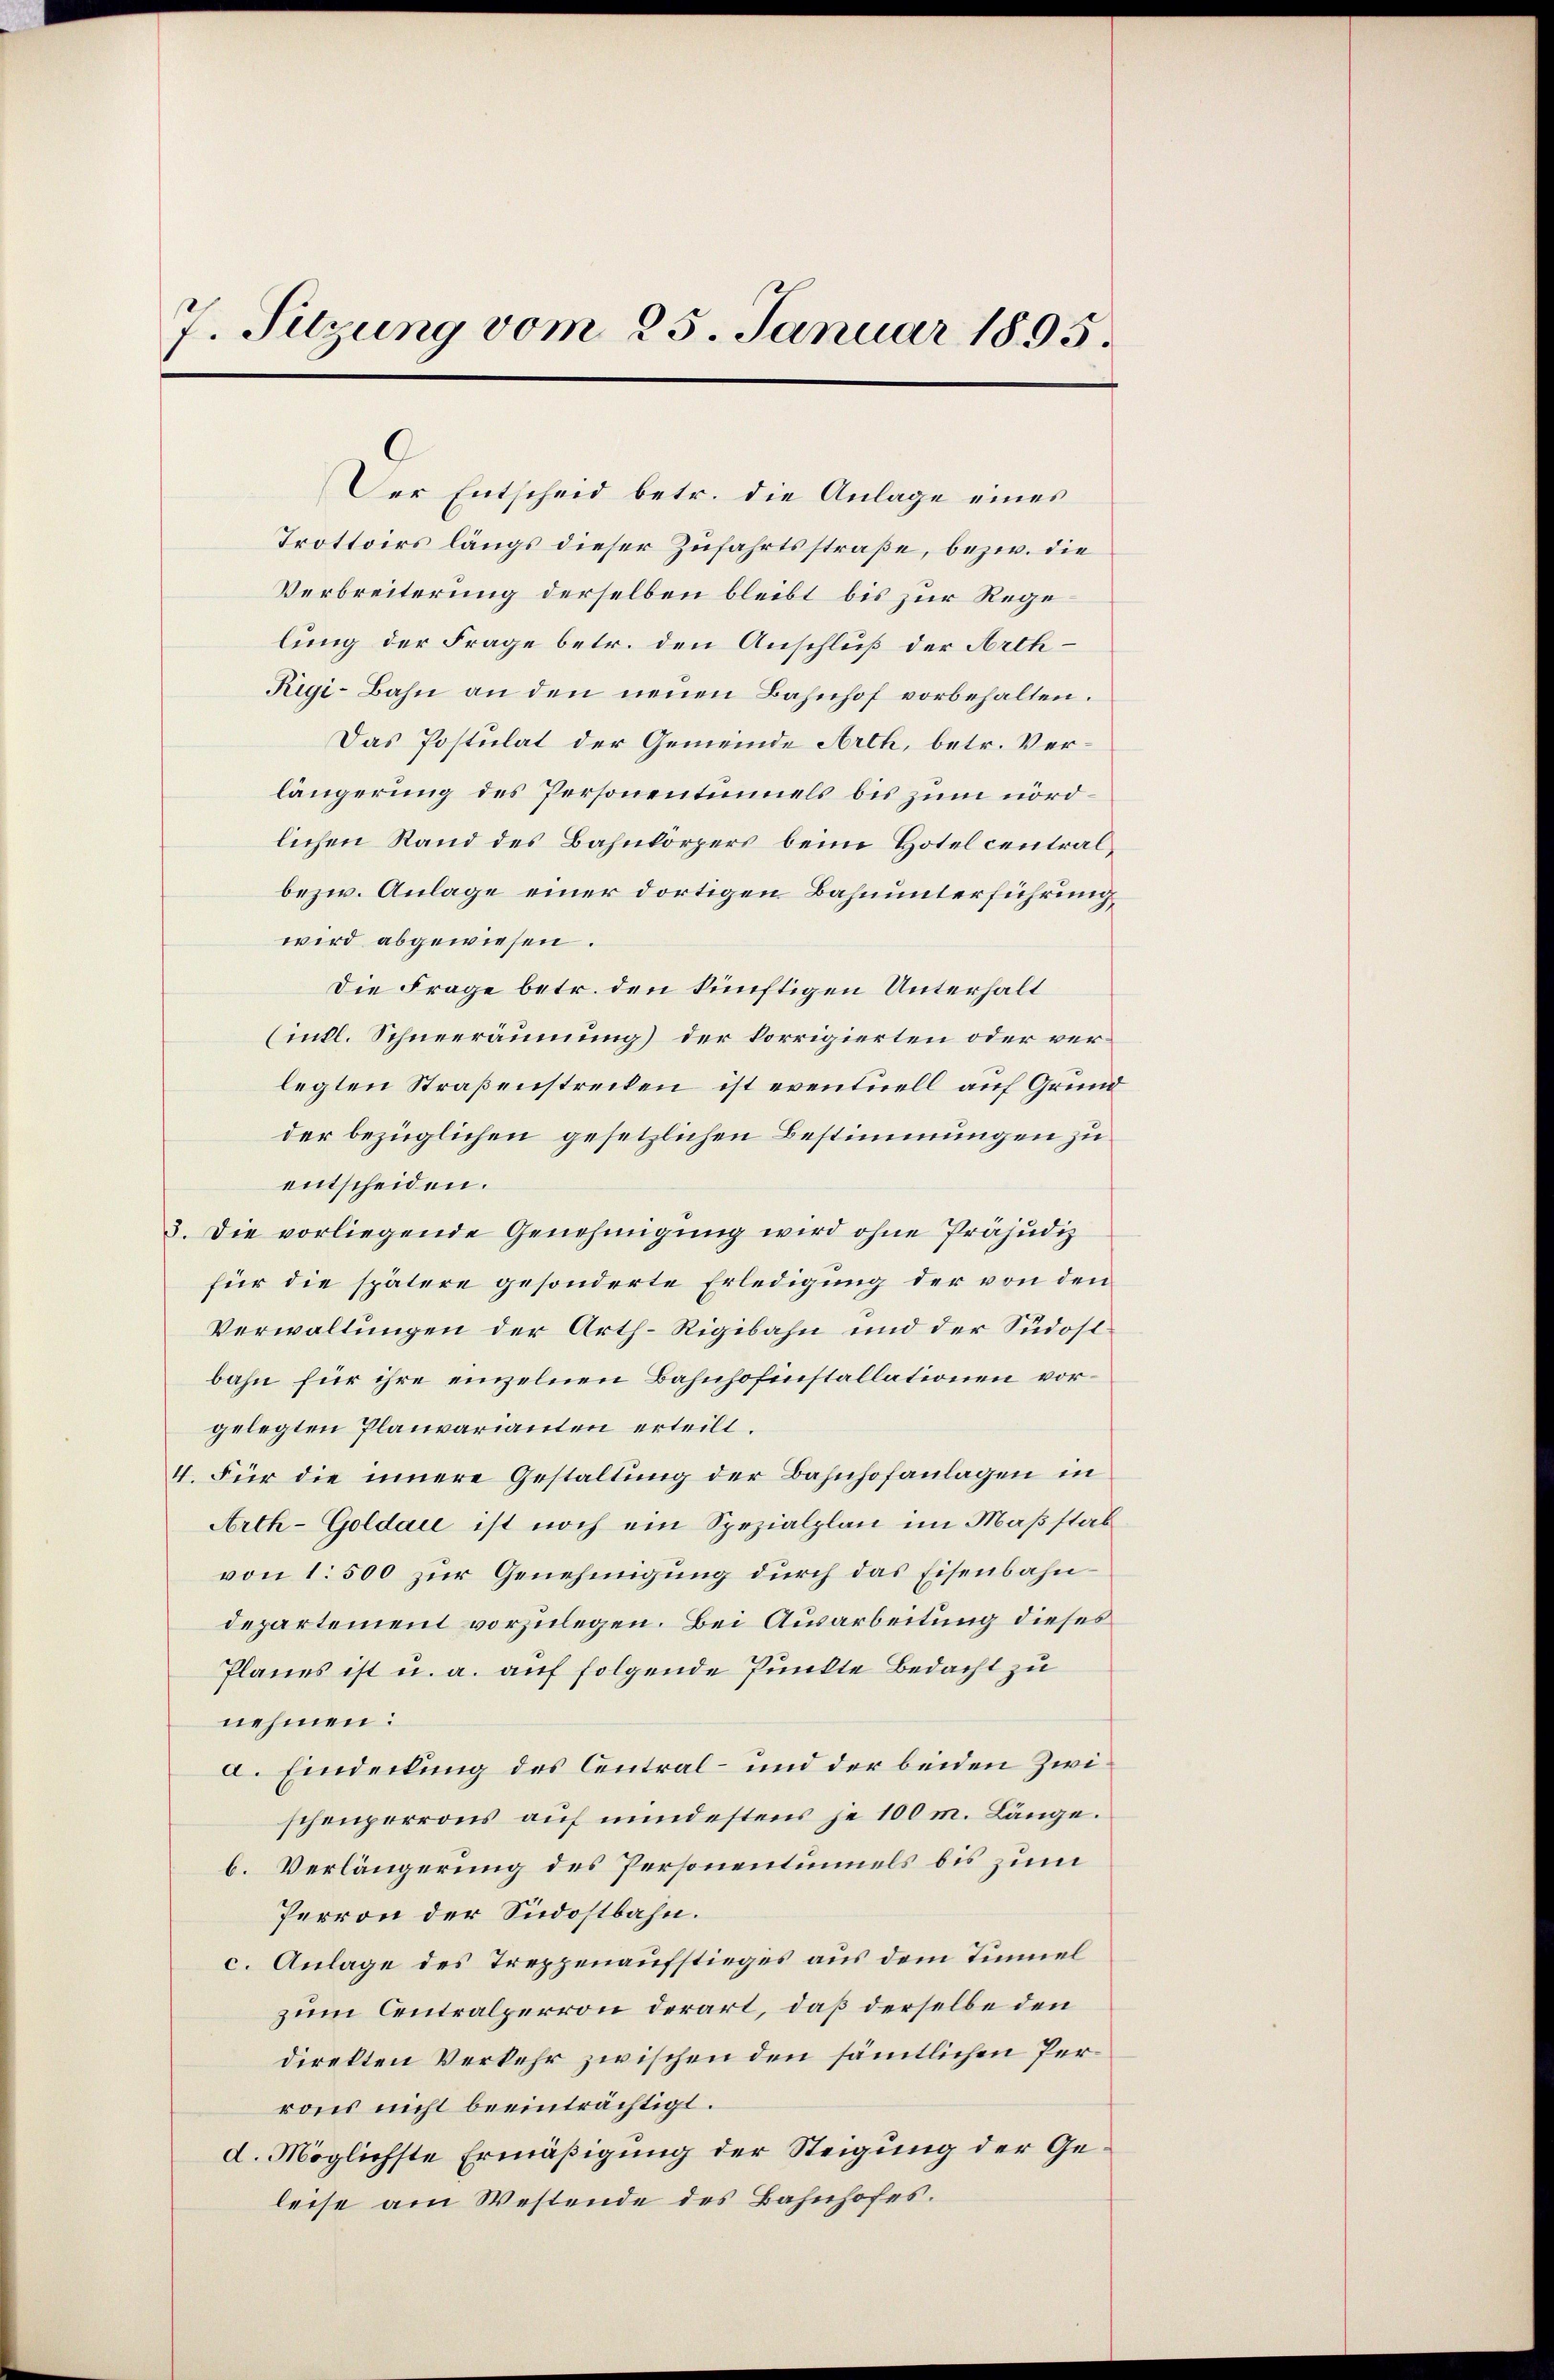
J. Sitzung vom 25. Januar 1895.

s
Der Entscheid betr. die Anlage eines
Trottoirs längs dieser Zufahrtsstraße, bezw. die
Verbreiterung derselben bleibt bis zur Rege
lung der Frage betr. den Anschluß der Arth¬
Rigi-Bahn an den neuen Bahnhof vorbehalten.
Das Postulat der Gemeinde Arth, betr. Verlängerung des Personentinnels bis zum nördlichen Rand des Bahnkörpers beim Hotel central¬
bezw. Anlage einer dortigen Bahnunterführung
wird abgewiesen.
Die Frage betr. den künftigen Unterhalt
(intl. Schneeräumung) der korrigierten oder verlegten Straßenstrecken ist eventuell auf Grund
der bezüglichen gesetzlichen Bestimmungen zu
entscheiden.
3. Die vorliegende Genehmigung wird ohne Präjudiz
für die spätere gesonderte Erledigung der von den
Verwaltungen der Arth-Rigibahn und der Südostbahn für ihre einzelnen Bahnhofinstallationen vorgelegten Planvarianten erteilt.
4. Für die innere Gestaltung der Bahnhofanlagen in
Arth-Goldau ist noch ein Spezialplan im Maßstab
von 1500 zur Genehmigung durch das Eisenbahndepartement vorzulegen. Bei Ausarbeitung dieses
Planes ist u. a. auf folgende Punkte Bedacht zu
nehmen:
a. Eindeckung des Central- und der beiden Zwischenporrons auf mindestens je 100 m. Länge.
b. Verlängerung des Personentinnels bis zum
Perron der Südostbahn.
c. Anlage des Treppenaufstieges aus dem Tinnel
zum Centralperron derart, daß derselbe den
direkten Verkehr zwischen den sämtlichen Perrons nicht beeinträchtigt.
d. Möglichste Ermäßigung der Steigung der Geleise am Westende des Bahnhofes.